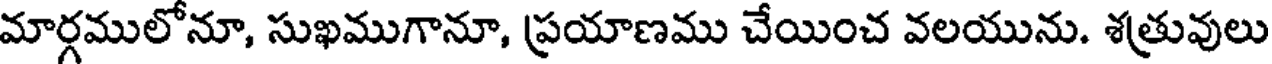
మార్గములోనూ, సుఖముగానూ, ప్రయాణము చేయించ వలయును. శత్రువులు